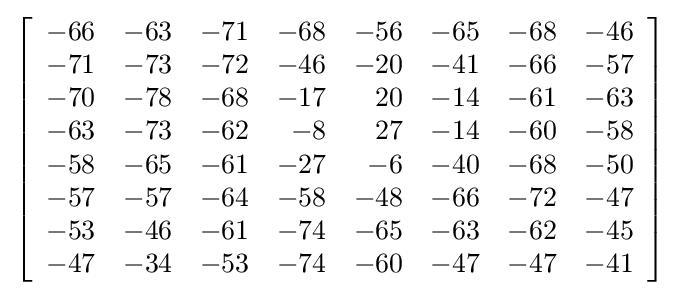
\left[{\begin{array}{rrrrrrrr}-66&-63&-71&-68&-56&-65&-68&-46\\-71&-73&-72&-46&-20&-41&-66&-57\\-70&-78&-68&-17&20&-14&-61&-63\\-63&-73&-62&-8&27&-14&-60&-58\\-58&-65&-61&-27&-6&-40&-68&-50\\-57&-57&-64&-58&-48&-66&-72&-47\\-53&-46&-61&-74&-65&-63&-62&-45\\-47&-34&-53&-74&-60&-47&-47&-41\end{array}}\right]